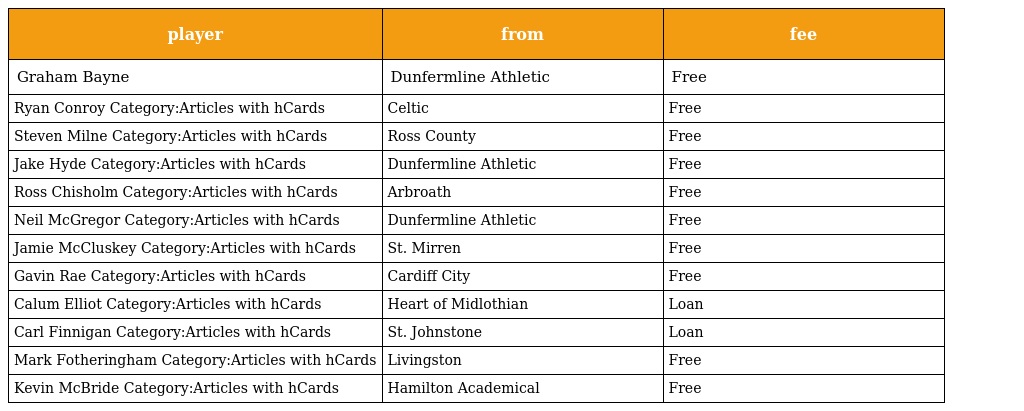
| player | from | fee |
 | --- | --- | --- |
 | Graham Bayne | Dunfermline Athletic | Free |
 | Ryan Conroy Category:Articles with hCards | Celtic | Free |
 | Steven Milne Category:Articles with hCards | Ross County | Free |
 | Jake Hyde Category:Articles with hCards | Dunfermline Athletic | Free |
 | Ross Chisholm Category:Articles with hCards | Arbroath | Free |
 | Neil McGregor Category:Articles with hCards | Dunfermline Athletic | Free |
 | Jamie McCluskey Category:Articles with hCards | St. Mirren | Free |
 | Gavin Rae Category:Articles with hCards | Cardiff City | Free |
 | Calum Elliot Category:Articles with hCards | Heart of Midlothian | Loan |
 | Carl Finnigan Category:Articles with hCards | St. Johnstone | Loan |
 | Mark Fotheringham Category:Articles with hCards | Livingston | Free |
 | Kevin McBride Category:Articles with hCards | Hamilton Academical | Free |